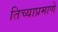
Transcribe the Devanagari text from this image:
तिच्याप्रमाणे